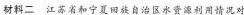
材料二 江苏省和宁夏回族自治区水资源利同情况对